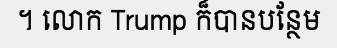
។ លោក Trump ក៏បានបន្ថែម